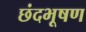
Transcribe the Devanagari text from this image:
छंदभूषण